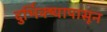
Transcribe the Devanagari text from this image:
दुर्भिक्ष्यापासून